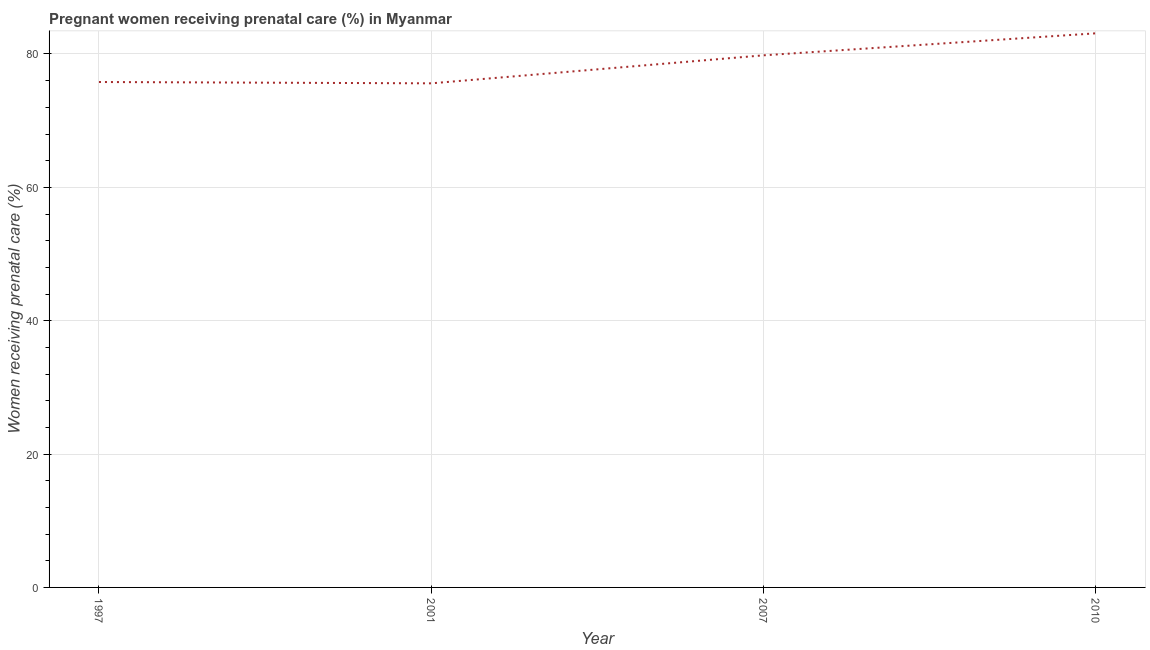
| Year | Pregnant women receiving prenatal care |
 | --- | --- |
 | 1997 | 75.8 |
 | 2001 | 75.6 |
 | 2007 | 79.8 |
 | 2010 | 83.1 |